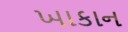
ખાકાન